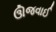
ઊજવાઈ